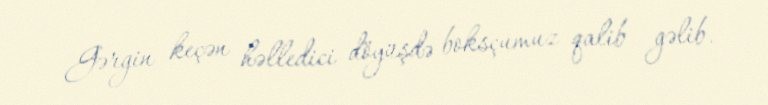
Gərgin keçən həlledici döyüşdə boksçumuz qalib gəlib.